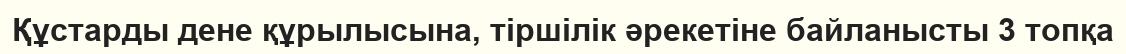
Құстарды дене құрылысына, тіршілік әрекетіне байланысты 3 топқа